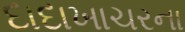
દાદાખાચરના